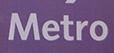
metro